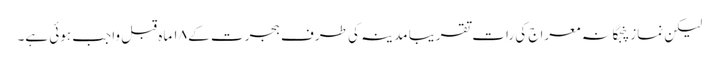
لیکن نماز پنجگانہ معراج کی رات تقریبا مدینہ کی طرف ہجرت کے ۱۸ ماہ قبل واجب ہوئی ہے۔